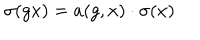
\sigma ( g x ) = a ( g , x ) \cdot \sigma ( x )